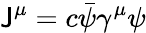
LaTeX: \mathsf{J}^{\mu}=c{\bar{{\psi}}}\gamma^{\mu}\psi